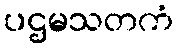
ပဌမသတကံ